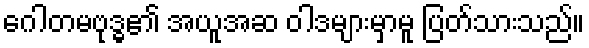
ဂေါတမဗုဒ္ဓ၏ အယူအဆ ဝါဒများမှာမူ ပြတ်သားသည်။